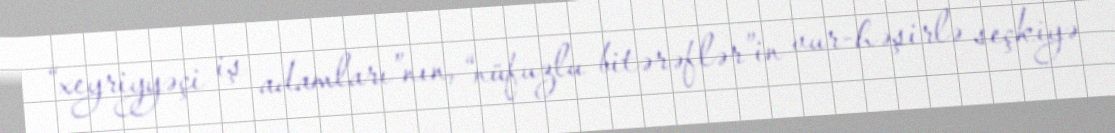
“xeyriyyəçi iş adamları”nın, “nüfuzlu bitərəflər”in vur-həşirlə seçkiyə